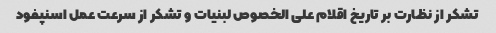
تشکر از نظارت بر تاریخ اقلام علی الخصوص لبنیات و تشکر از سرعت عمل اسنپفود